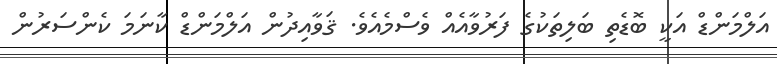
އަލްމަންޑް އަކީ ބޮޑެތި ބަލިތަކުގެ ފަރުވާއެއް ވެސްމެއެވެ. ޤަވާއިދުން އަލްމަންޑް ކާނަމަ ކެންސަރުން